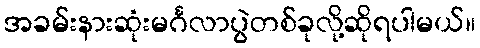
အခမ်းနားဆုံးမင်္ဂလာပွဲတစ်ခုလို့ဆိုရပါမယ်။